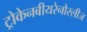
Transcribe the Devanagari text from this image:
ट्रोकेनबीयरेनौस्लीज